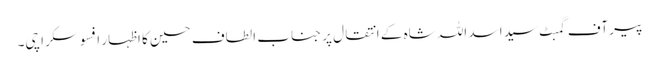
پیر آف گمبٹ سید اسد اللہ شاہ کے انتقال پر جناب الطاف حسین کا اظہار افسوسکراچی۔